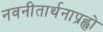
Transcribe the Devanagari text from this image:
नवनीतार्थनाप्रह्वो